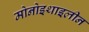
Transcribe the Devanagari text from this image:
मोनोइथाइलीन